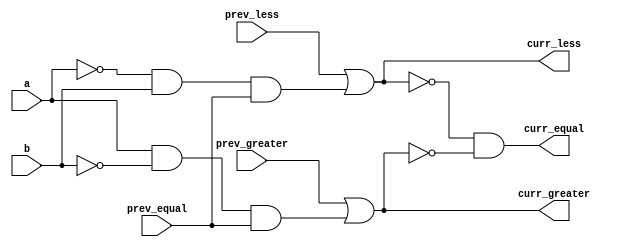
module one_bit_comparator (a, b, prev_less, prev_greater, prev_equal, curr_less, curr_greater, curr_equal);

   input a;
   input b;
   input prev_equal;    // output of equality test for previous bit
   input prev_greater;  // output of greater than test for previous bit
   input prev_less;     // output of less than test for previous bit

   output wire curr_equal, curr_greater, curr_less;     // output for current bits

    assign curr_less = prev_less | (~a & b & prev_equal);
    assign curr_greater = prev_greater | (a & ~b & prev_equal);
    assign curr_equal = ~curr_less & ~curr_greater; 

endmodule